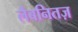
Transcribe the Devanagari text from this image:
लैबनितज़